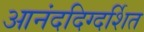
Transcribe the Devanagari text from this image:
आनंददिग्दर्शित